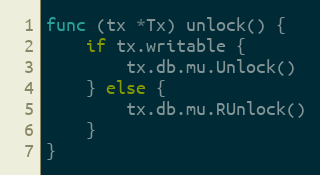
Language: Go
func (tx *Tx) unlock() {
	if tx.writable {
		tx.db.mu.Unlock()
	} else {
		tx.db.mu.RUnlock()
	}
}